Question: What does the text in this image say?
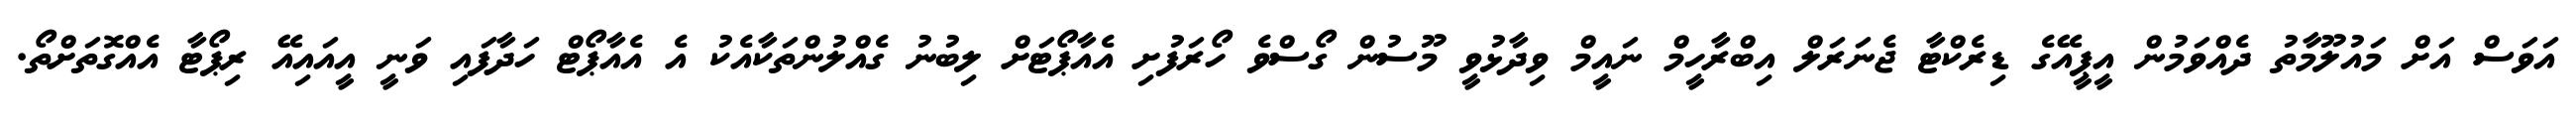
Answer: އަވަސް އަށް މައުލޫމާތު ދެއްވަމުން އީޕީއޭގެ ޑިރެކްޓާ ޖެނަރަލް އިބްރާހީމް ނައީމް ވިދާޅުވީ މޫސުން ގޯސްވެ ހޯރަފުށި އެއާޕޯޓަށް ލިބުނު ގެއްލުންތަކާއެކު އެ އެއާޕޯޓް ހަދާފައި ވަނީ އީއައިއޭ ރިޕޯޓާ އެއްގޮތަށްތޯ.